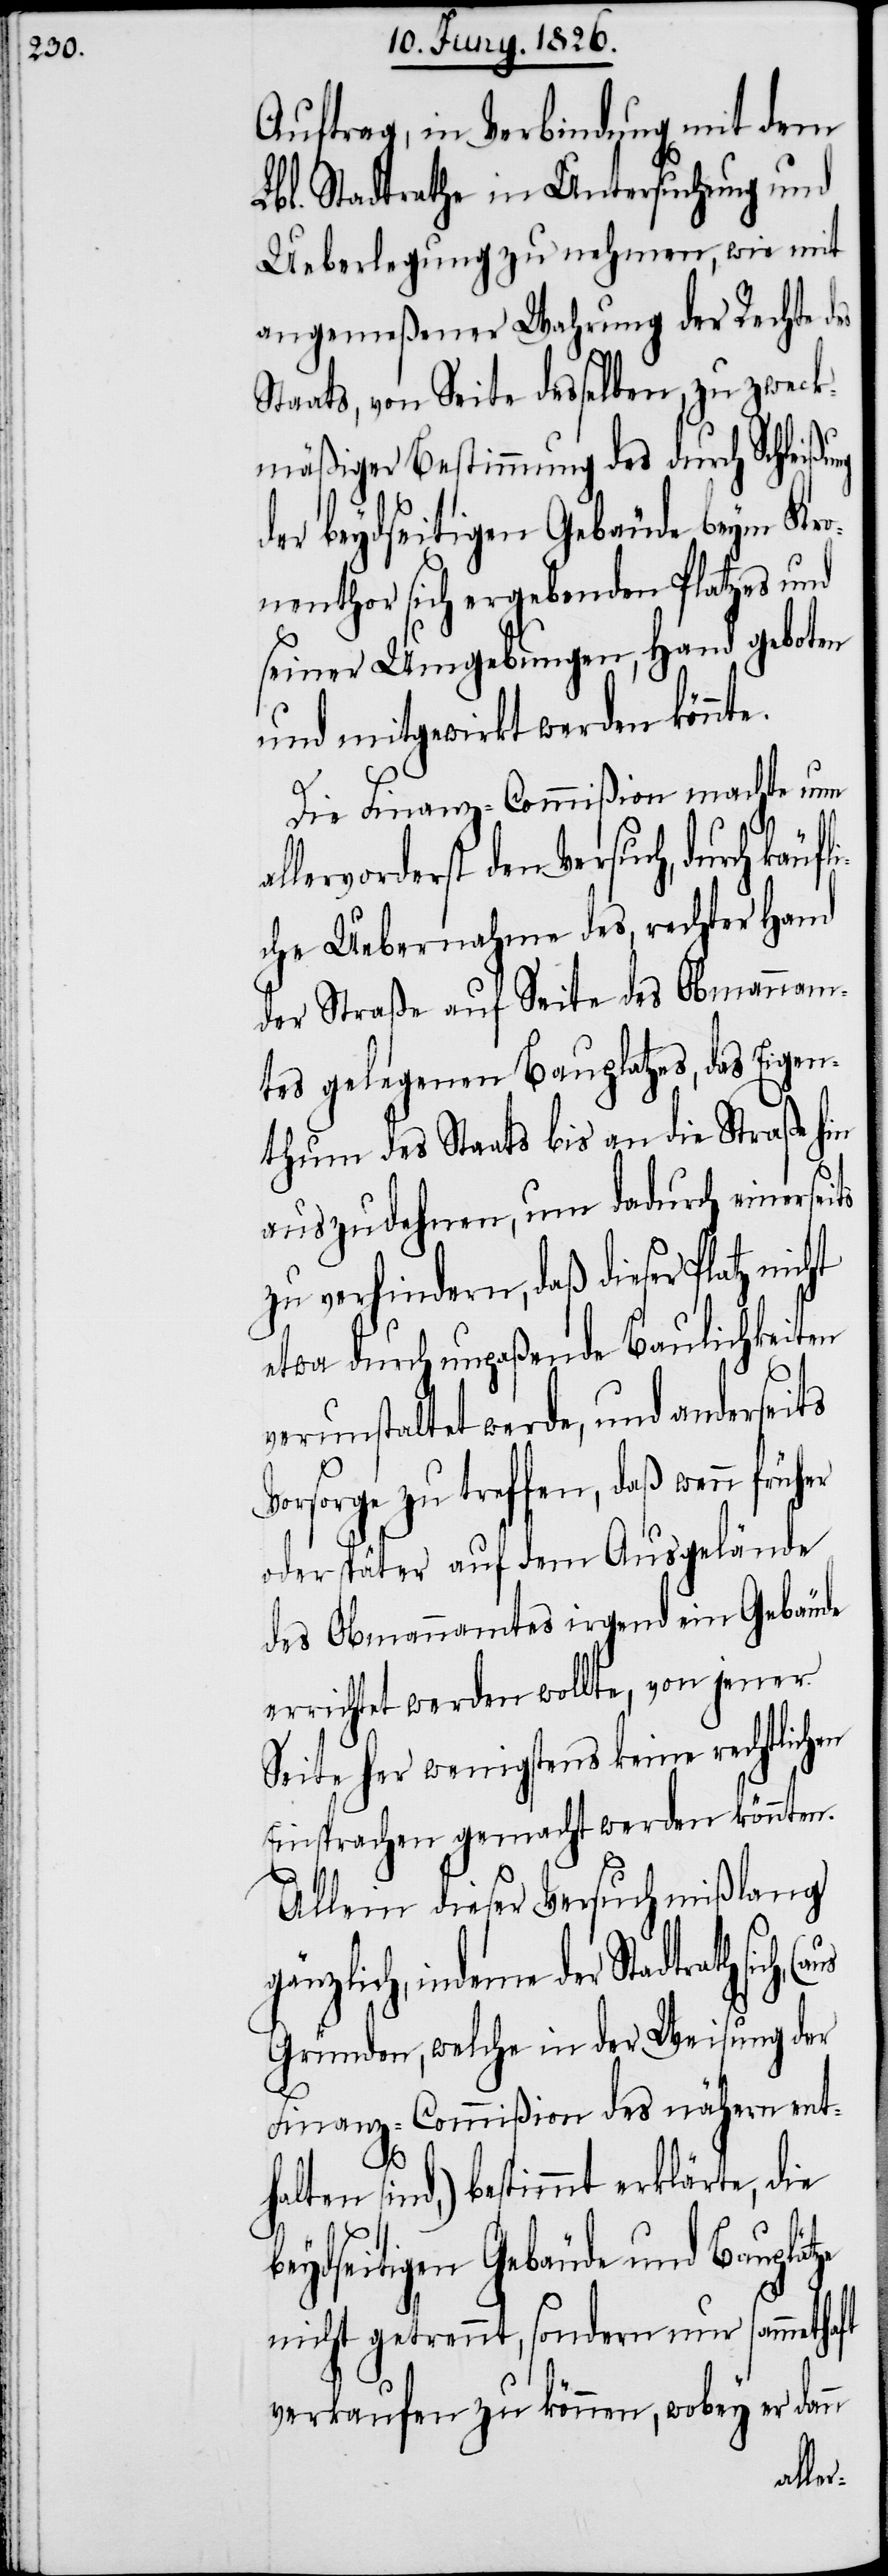
Auftrag, in Verbindung mit dem
Lbl. Stadtrathe in Untersuchung und
Ueberlegung zu nehmen, wie mit
angemeßener Wahrung der Rechte des
Staats, von Seite desselben, zu zweck¬
mäßiger Bestimmung des durch Schleißu¬
der beydseitigen Gebäude beym Kro¬
nenthor sich ergebenden Platzes und
seiner Umgebungen, Hand geboten
und mitgewirkt werden könnt¬
Die Finanz-Commißion machte nun
rvorderst den Versuch, durch käuf¬
che Uebernahme des, rechter Hand
der Straße auf Seite des Obmannam¬
tes gelegenen Bauplatzes, das Eigen¬
thum des Staats bis an die Straße hin
auszudehnen, um dadurch einersei¬
zu verhindern, daß dieser Platz
etwa durch unpaßende Baulichkeiten
verunstaltet werde, und anderseits
Vorsorge zu treffen, daß wenn früher
oder später auf dem Ausgelände
des Obmannamts irgend ein Gebäude
errichtet werden wollte, von jener
Seite her wenigstens keine rechtlichen
Einsprachen gemacht werden könnten.
Allein dieser Versuch mißlang
gänzlich, indeme der Stadtrath
Gründen, welche in der Weisung der
Finanz-Commißion des nähern ent¬
ts
halten sind,) bestimmt erklärte, die
beydseitigen Gebäude und Bauplätze
nicht getrennt, sondern nur sammethaft
verkaufen zu können, wobey er dann
li¬